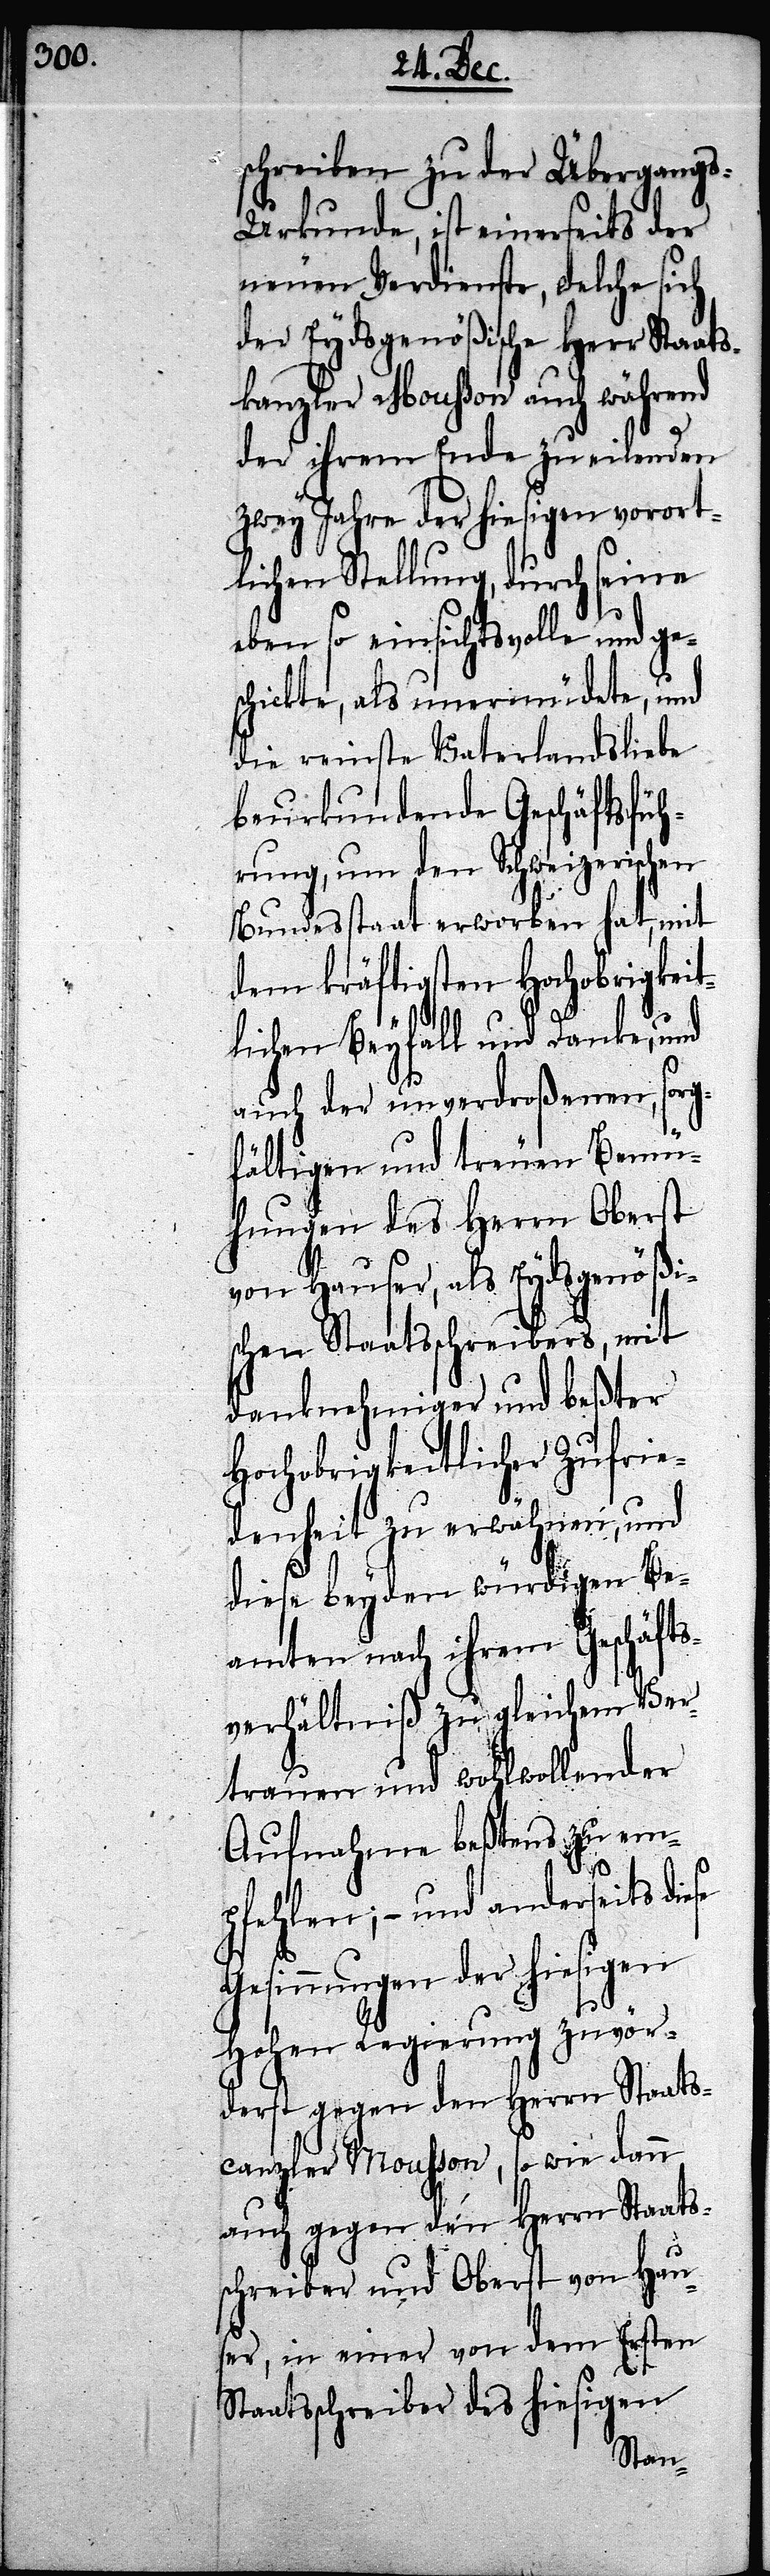
schreiben zu der Übergang¬
s-Urkunde, ist einerseits der
neuen Verdienste, welche sich
der Eydsgenößische Herr Staats¬
kanzler Mousson auch während
der ihrem Ende zu eilenden
zwey Jahre der hiesigen vorort¬
lichen Stellung, durch seine
eben so einsichtsvolle und ges¬
chickte, als unermüdete, und
die reinste Vaterlandliebe
beurkundende Geschäftsfüh¬
rung, um den Schweizerischen
Bundesstaat erworben hat, mit
dem kräftigsten Hochobrigkeit¬
lichen Beyfall und Danke, und
auch der unverdroßenen, sorg¬
fältigen und treuen Bemü¬
hungen des Herrn Oberst
von Hauser, als Eydsgenößi¬
schen Staatsschreibers, mit
danknehmiger und beßter
Hochobrigkeitlicher Zufrie¬
denheit zu erwähnen, und
diese beyden würdigen Be¬
amten nach ihrem Geschäfts¬
verhältniß zu gleichem Ver¬
trauen und wohlwollender
Aufnahme beßtens zu em¬
pfehlen; – und anderseits
Gesinnungen der hiesigen
Hohen Regierung zuvör¬
derst gegen den Herrn Staats¬
canzler Mousson, so wie dann
auch gegen den Herrn Staats¬
schreiber und Oberst von Hau¬
ser, in einer von dem Ersten
Staatsschreiber des hiesigen